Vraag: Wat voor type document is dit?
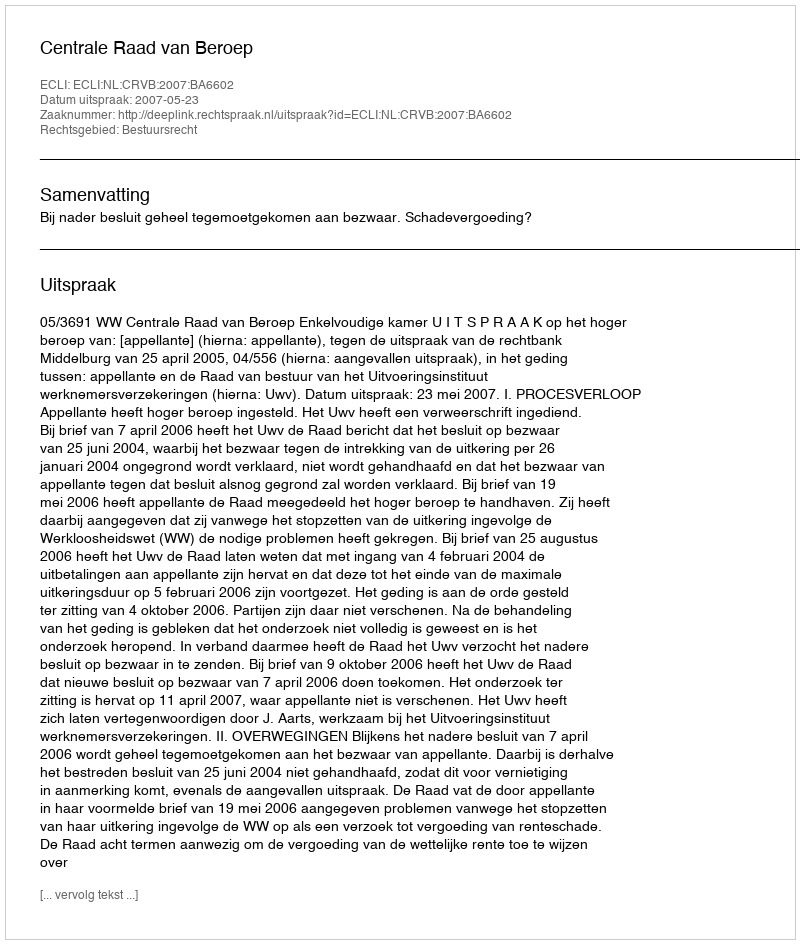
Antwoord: Uitspraak